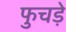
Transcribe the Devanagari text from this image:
फुचड़े